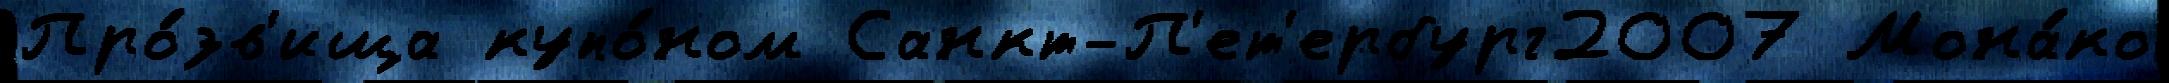
Про́зв'ища купо́ном Санкт-П'ет'ербург2007 Мона́ко